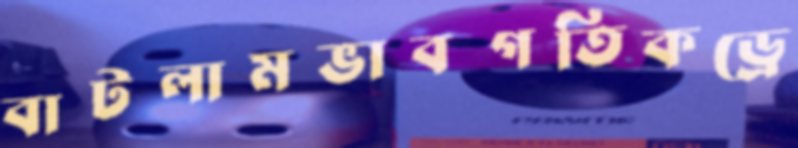
বাটলামভাবগতিকড্রে